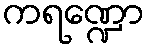
ကရဏ္ဍော